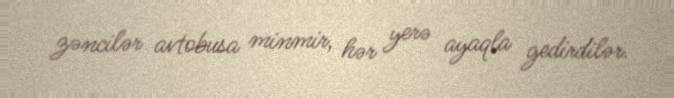
zəncilər avtobusa minmir, hər yerə ayaqla gedirdilər.